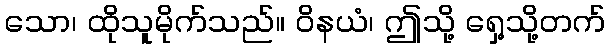
သော၊ ထိုသူမိုက်သည်။ ဝိနယံ၊ ဤသို့ ရှေ့သို့တက်